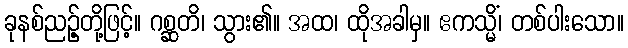
ခုနစ်ညဉ့်တို့ဖြင့်။ ဂစ္ဆတိ၊ သွား၏။ အထ၊ ထိုအခါမှ။ ဧကသ္မိံ၊ တစ်ပါးသော။